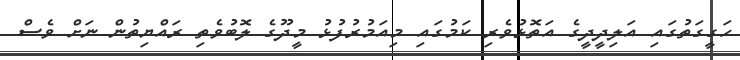
ހަގީގަތުގައި އަލިދީދީގެ އަތޮޅުވެރި ކަމުގައި މިއަމުރުފުޅު މީދޫގެ ލޮބުވެތި ރައްޔިތުން ނަށް ވެސް